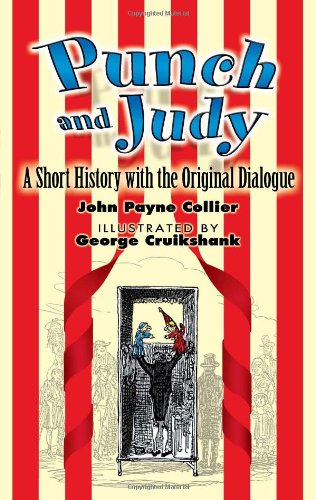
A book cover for Punch and Judy: A Short History with the Original Dialogue; John Payne Collier; Crafts, Hobbies & Home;